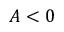
A < 0